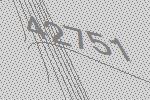
42751